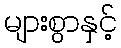
များစွာနှင့်